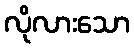
လိုလားသော